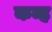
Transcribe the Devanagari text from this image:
कन्ह